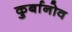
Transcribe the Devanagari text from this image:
कुर्बानोव